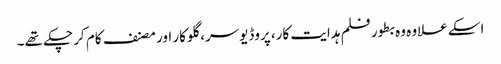
اسکے علاوہ وہ بطور فلم ہدایت کار، پروڈیوسر، گلوکار اور مصنف کام کر چکے تھے۔